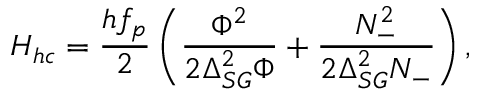
H _ { h c } = \frac { h f _ { p } } { 2 } \left( \frac { \Phi ^ { 2 } } { 2 \Delta _ { S G } ^ { 2 } \Phi } + \frac { N _ { - } ^ { 2 } } { 2 \Delta _ { S G } ^ { 2 } N _ { - } } \right) ,